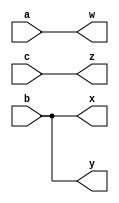
module top_module( 
    input a,b,c,
    output w,x,y,z
	);

		wire w,x,y,z;

		assign w = a;
		assign x = b;
		assign y = b;
		assign z = c;

endmodule